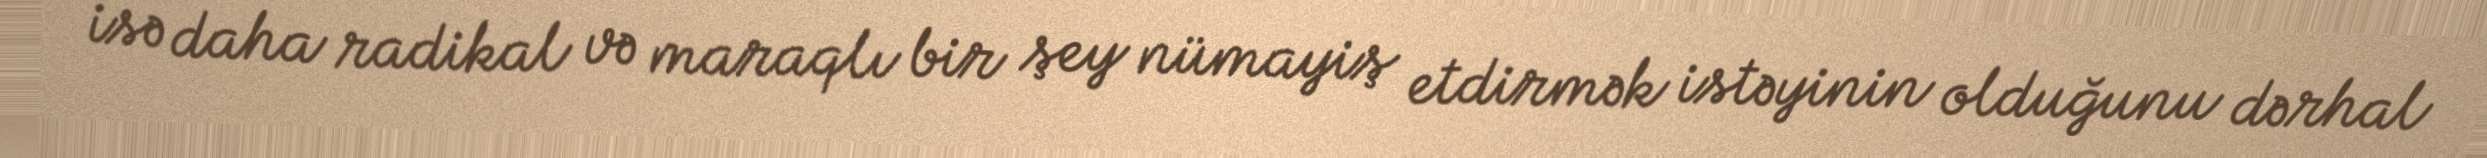
isə daha radikal və maraqlı bir şey nümayiş etdirmək istəyinin olduğunu dərhal